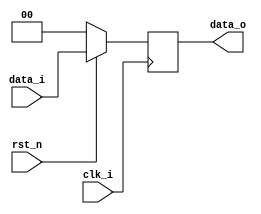
module Pipeline_Reg( clk_i, rst_n, data_i, data_o);

parameter size = 0;

//I/O port
input             clk_i;
input             rst_n;
input  [size-1:0] data_i;
output [size-1:0] data_o;

reg  [size-1:0] data_o;

always @ (posedge clk_i) begin
    if (~rst_n) data_o <= 0;
    else data_o <= data_i;
end

endmodule